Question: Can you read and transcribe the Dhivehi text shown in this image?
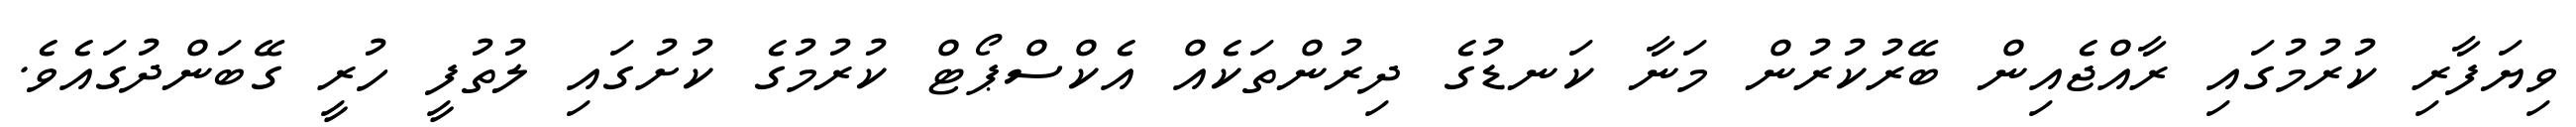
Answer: ވިޔަފާރި ކުރުމުގައި ރާއްޖެއިން ބޭރުކުރުން މަނާ ކަނޑުގެ ދިރުންތަކެއް އެކްސްޕޯޓް ކުރުމުގެ ކުށުގައި ލުތުފީ ހުރީ ގޭބަންދުގައެވެ.